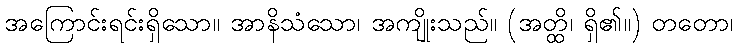
အကြောင်းရင်းရှိသော။ အာနိသံသော၊ အကျိုးသည်။ (အတ္ထိ၊ ရှိ၏။) တတော၊